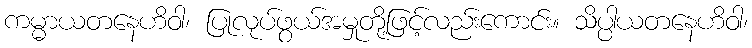
ကမ္မာယတနေဟိဝါ၊ ပြုလုပ်ဖွယ်အမှုတို့ဖြင့်လည်းကောင်း။ သိပ္ပါယတနေဟိဝါ၊